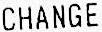
CHANGE